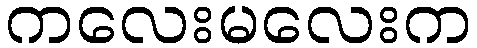
ကလေးမလေးက